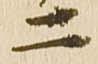
二